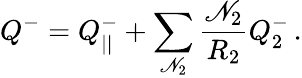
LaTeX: Q^{-}=Q_{||}^{-}+\sum_{\mathscr{N}_{2}}\frac{{\mathscr{N}_{2}}}{{R_{2}}}Q_{2}^{-}\, .